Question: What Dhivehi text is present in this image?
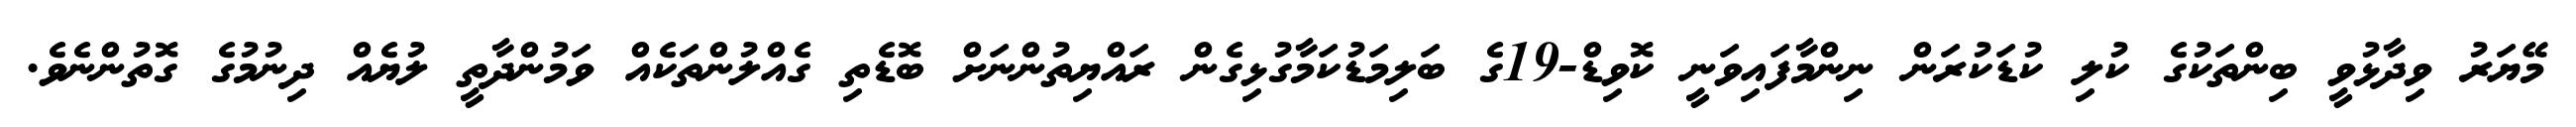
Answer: މޭޔަރު ވިދާޅުވީ ބިންތަކުގެ ކުލި ކުޑަކުރަން ނިންމާފައިވަނީ ކޮވިޑް-19ގެ ބަލިމަޑުކަމާގުޅިގެން ރައްޔިތުންނަށް ބޮޑެތި ގެއްލުންތަކެއް ވަމުންދާތީ ލުޔެއް ދިނުމުގެ ގޮތުންނެވެ.